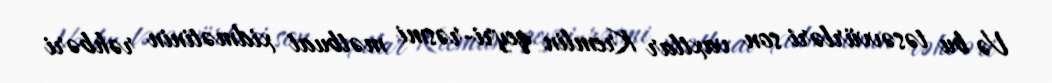
Və bu təsəvvürləri son vaxtlar Kremlin qeyri-rəsmi mətbuat xidmətinin rəhbəri